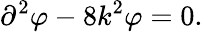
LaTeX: \partial^{2}\varphi-8k^{2}\varphi=0.